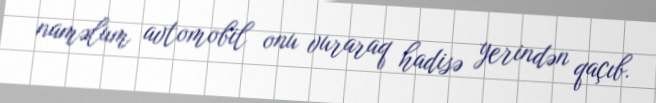
naməlum avtomobil onu vuraraq hadisə yerindən qaçıb.